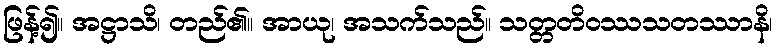
ဖြန့်၍။ အဋ္ဌာသိ၊ တည်၏။ အာယု၊ အသက်သည်။ သတ္တတိဝဿသတဿာနိ၊